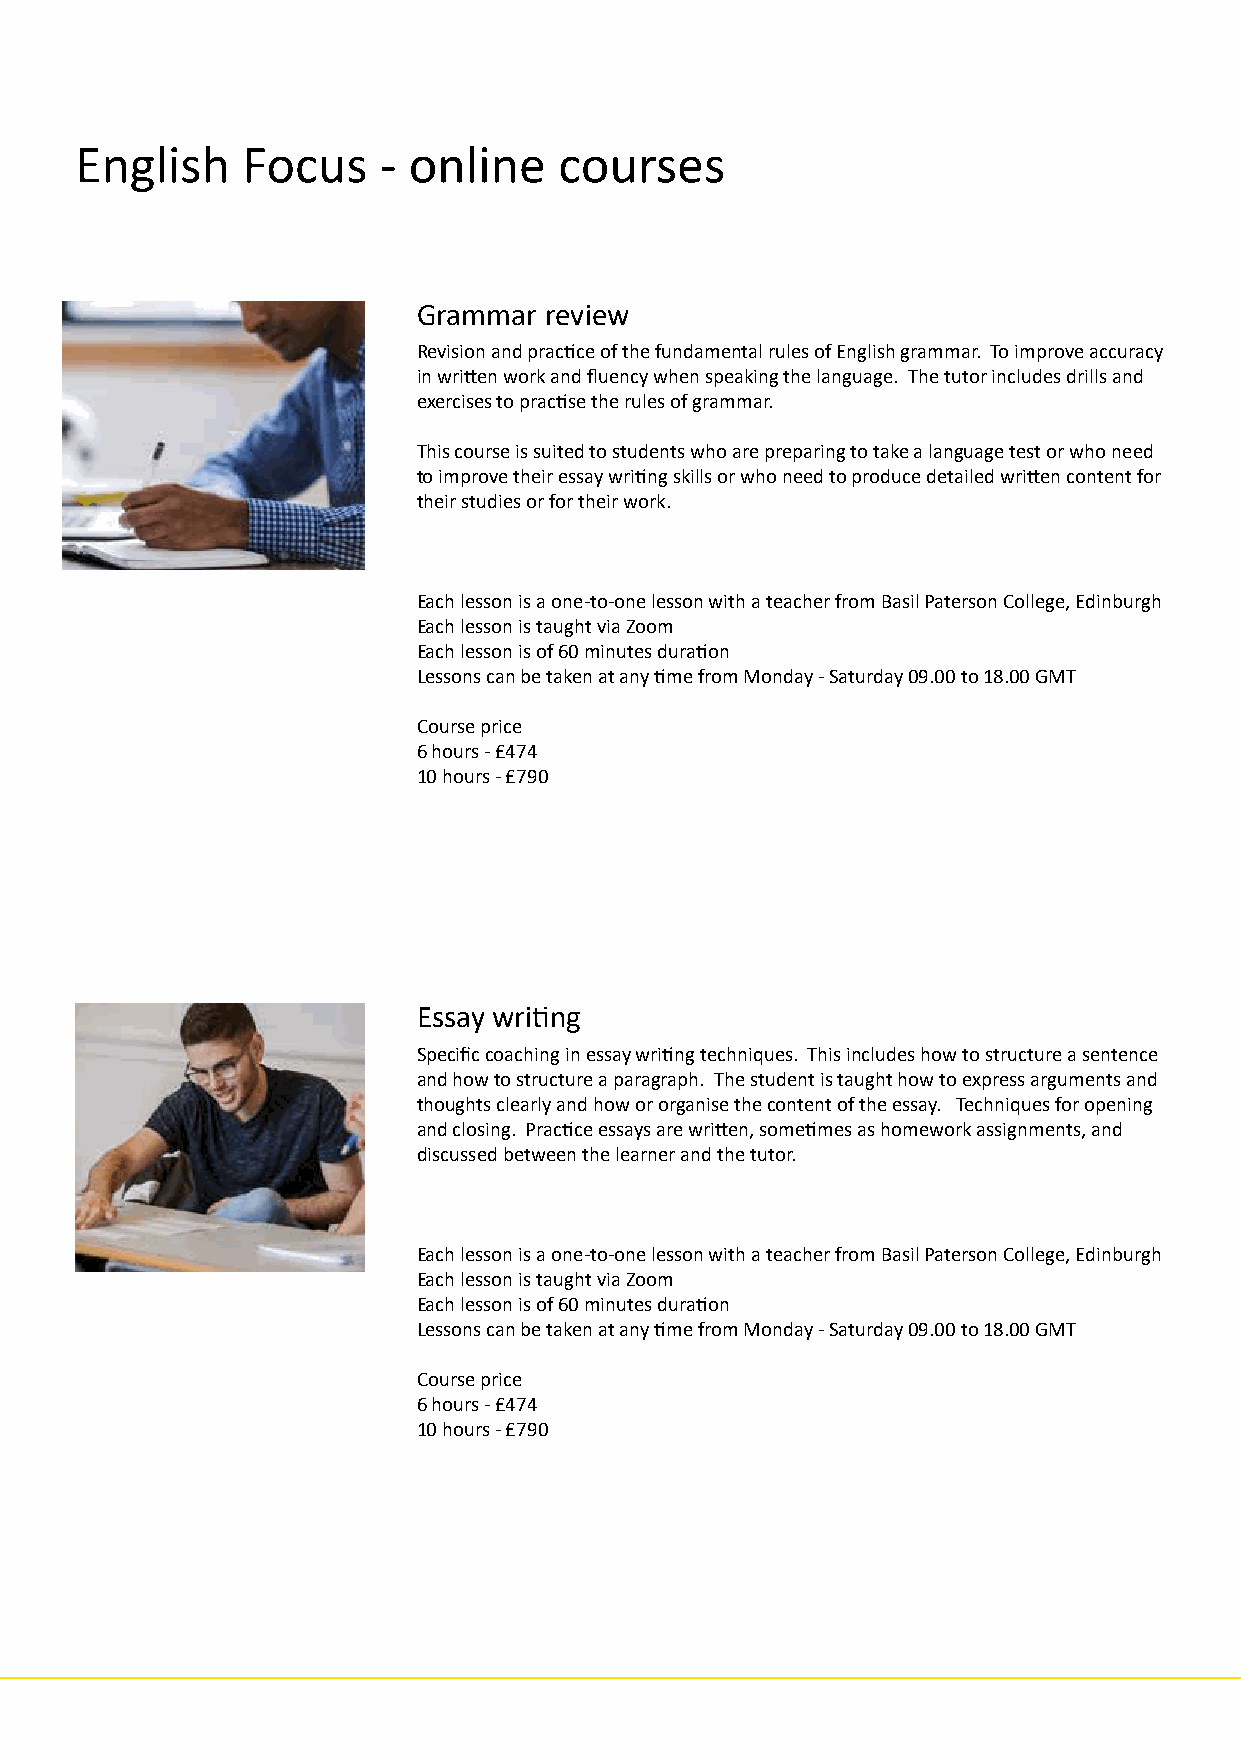
English    Focus    - online    courses
 Grammar review
 Revision and practice of the fundamental rules of English grammar. To improve accuracy
 in written work and fluency when speaking the language. The tutor includes drills and
 exercises to practise the rules of grammar.
 This course is suited to students who are preparing to take a language test or who need
 to improve their essay writing skills or who need to produce detailed written content for
 their studies or for their work.
 Each lesson is a one-to-one lesson with a teacher from Basil Paterson College, Edinburgh
 Each lesson is taught via Zoom
 Each lesson is of 60 minutes duration
 Lessons can be taken at any time from Monday - Saturday 09.00 to 18.00 GMT
 Course price
 6 hours - £474
 10 hours - £790
 Essay writing
 Specific coaching in essay writing techniques. This includes how to structure a sentence
 and how to structure a paragraph. The student is taught how to express arguments and
 thoughts clearly and how or organise the content of the essay. Techniques for opening
 and closing. Practice essays are written, sometimes as homework assignments, and
 discussed between the learner and the tutor.
 Each lesson is a one-to-one lesson with a teacher from Basil Paterson College, Edinburgh
 Each lesson is taught via Zoom
 Each lesson is of 60 minutes duration
 Lessons can be taken at any time from Monday - Saturday 09.00 to 18.00 GMT
 Course price
 6 hours - £474
 10 hours - £790